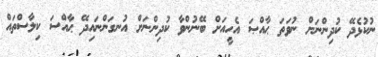
ނުކުޅެދޭ ކުދިންނަށް ނުވަތަ ޙާއްޞަ އެހީއަށް ބޭނުންވާ ކުދިންނަށް އުނގަންނައިދޭ ޙާއްސަ ކިލާސްތައް